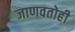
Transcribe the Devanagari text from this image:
जाणवतोही